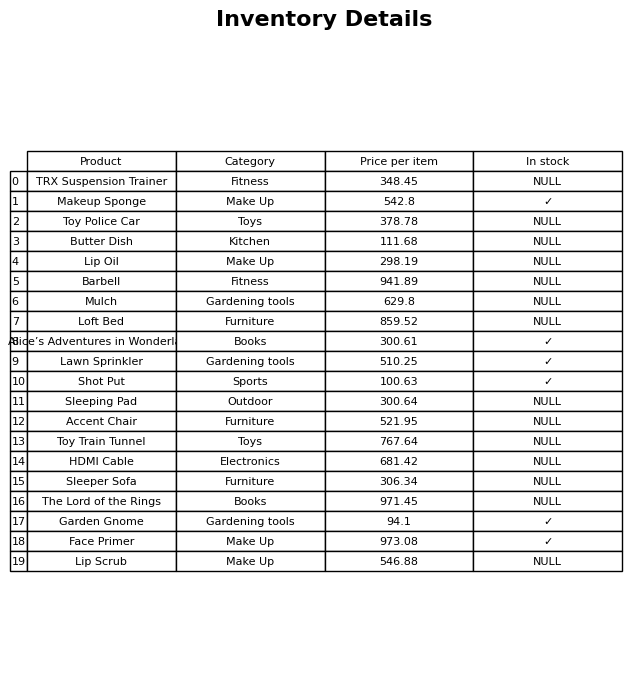
question: What is the price for Barbell?
answer: The price of Barbell is 941.89.